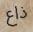
ذاع